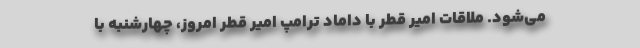
می‌شود. ملاقات امیر قطر با داماد ترامپ امیر قطر امروز، چهارشنبه با